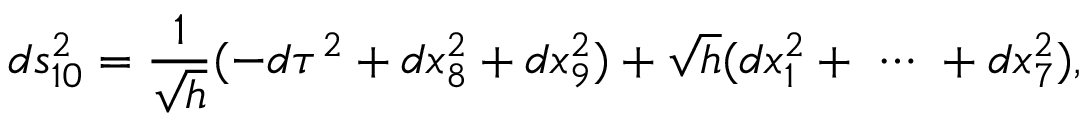
d s _ { 1 0 } ^ { 2 } = \frac { 1 } { \sqrt { h } } ( - d \tau ^ { 2 } + d x _ { 8 } ^ { 2 } + d x _ { 9 } ^ { 2 } ) + \sqrt { h } ( d x _ { 1 } ^ { 2 } + \ \cdots \ + d x _ { 7 } ^ { 2 } ) ,